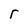
Character: r